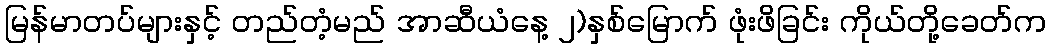
မြန်မာတပ်များနှင့် တည်တံ့မည် အာဆီယံနေ့ ၂)နှစ်မြောက် ဖုံးဖိခြင်း ကိုယ်တို့ခေတ်က